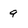
Character: 9